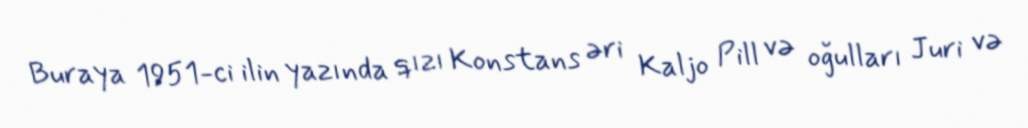
Buraya 1951-ci ilin yazında qızı Konstans əri Kaljo Pill və oğulları Juri və